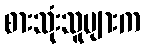
စားသုံးသူများက